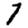
Digit: 1